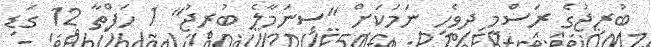
ބުރިޖުގެ ރަސްމީ ދިވެހި ނަމަކަށް "ސިނަމާލެ ބުރިޖު" 1 ހަފްތާ 12 ގަޑި